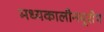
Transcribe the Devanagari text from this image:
मध्यकालीनयूरोप